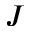
J